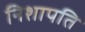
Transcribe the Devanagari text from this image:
निशापति